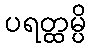
ပရတ္ထမ္ပိ